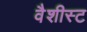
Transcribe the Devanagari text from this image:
वैशीस्ट